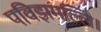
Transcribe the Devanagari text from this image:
पविझमल्लि।